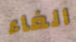
الغاء